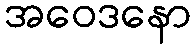
အဝေဒနော